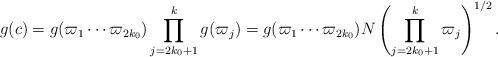
LaTeX: \begin{align*} g(c)= g(\varpi_1\cdots \varpi_{2k_0}) \prod^k_{j=2k_0+1}g(\varpi_j)=g(\varpi_1\cdots \varpi_{2k_0}) N \left( \prod^k_{j=2k_0+1}\varpi_j \right)^{1/2}.\end{align*}